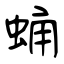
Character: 蛹